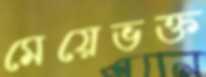
মেয়েভক্ত